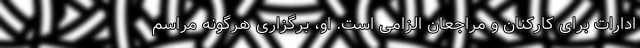
ادارات برای کارکنان و مراجعان الزامی است. او، برگزاری هرگونه مراسم